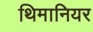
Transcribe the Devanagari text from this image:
थिमानियर